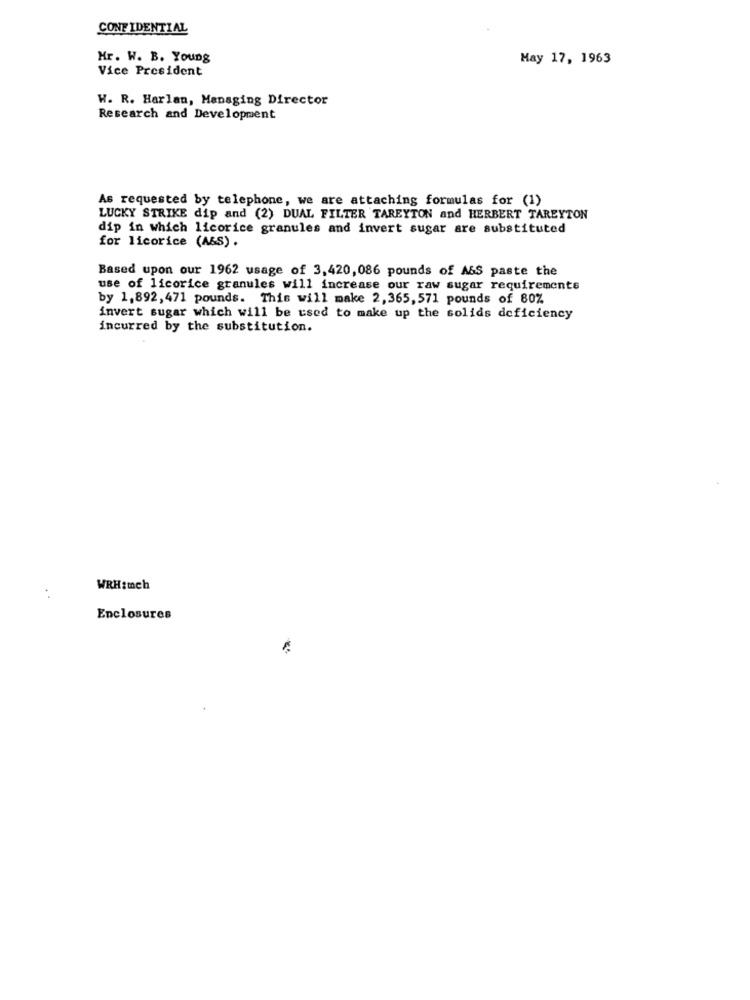
CONFIDENTIAL
Mr. W. B. Young
May 17, 1963
Vice President
W. R. Harlan, Managing Director
Research and Development
As requested by telephone, we are attaching formulas for (1)
LUCKY STRIKE dip and (2) DUAL FILTER TAREYTON and HERBERT TAREYTON
dip in which licorice granules and invert sugar are substituted
for licorice (A&S) .
Based upon our 1962 usage of 3,420,086 pounds of A&S paste the
use of licorice granules will increase our raw sugar requirements
by 1,892, 471 pounds. This will make 2, 365, 571 pounds of 80%
invert sugar which will be used to make up the solids deficiency
incurred by the substitution.
WRH:mch
Enclosures